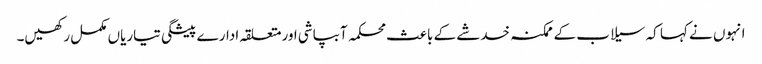
انہوں نے کہا کہ سیلاب کے ممکنہ خدشے کے باعث محکمہ آبپاشی اورمتعلقہ ادارے پیشگی تیاریاں مکمل رکھیں۔